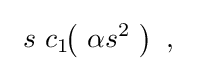
\ s\ c_{1}\!\!\left(\ \alpha s^{2}\ \right)\ ,\